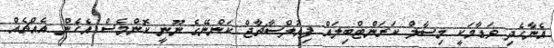
އެނާހެދި ވަޑާމަކީ މިސާލް ކަރަންޓްބިލައް ފިއުލްސާޗާޖް ކަންނޭގެ ނޫނީ ކޮންމެސް އެހެން އެއްޗެއް